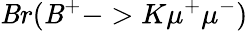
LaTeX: \mathit{B}r(\mathit{B}^{+}->K\mu^{+}\mu^{-})